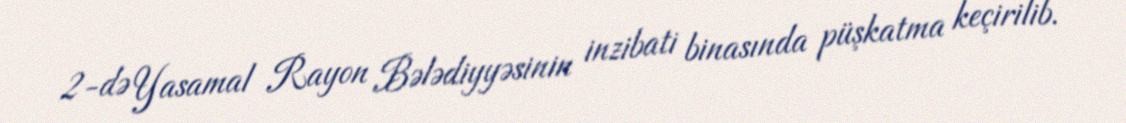
2-də Yasamal Rayon Bələdiyyəsinin inzibati binasında püşkatma keçirilib.